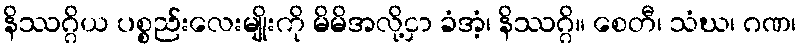
နိဿဂ္ဂိယ ပစ္စည်းလေးမျိုးကို မိမိအလို့ငှာ ခံအံ့၊ နိဿဂ္ဂိ။ စေတီ၊ သံဃ၊ ဂဏ၊